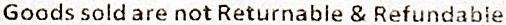
GOODS SOLD ARE NOT RETURNABLE & REFUNDABLE